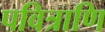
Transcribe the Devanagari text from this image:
पवित्राणि